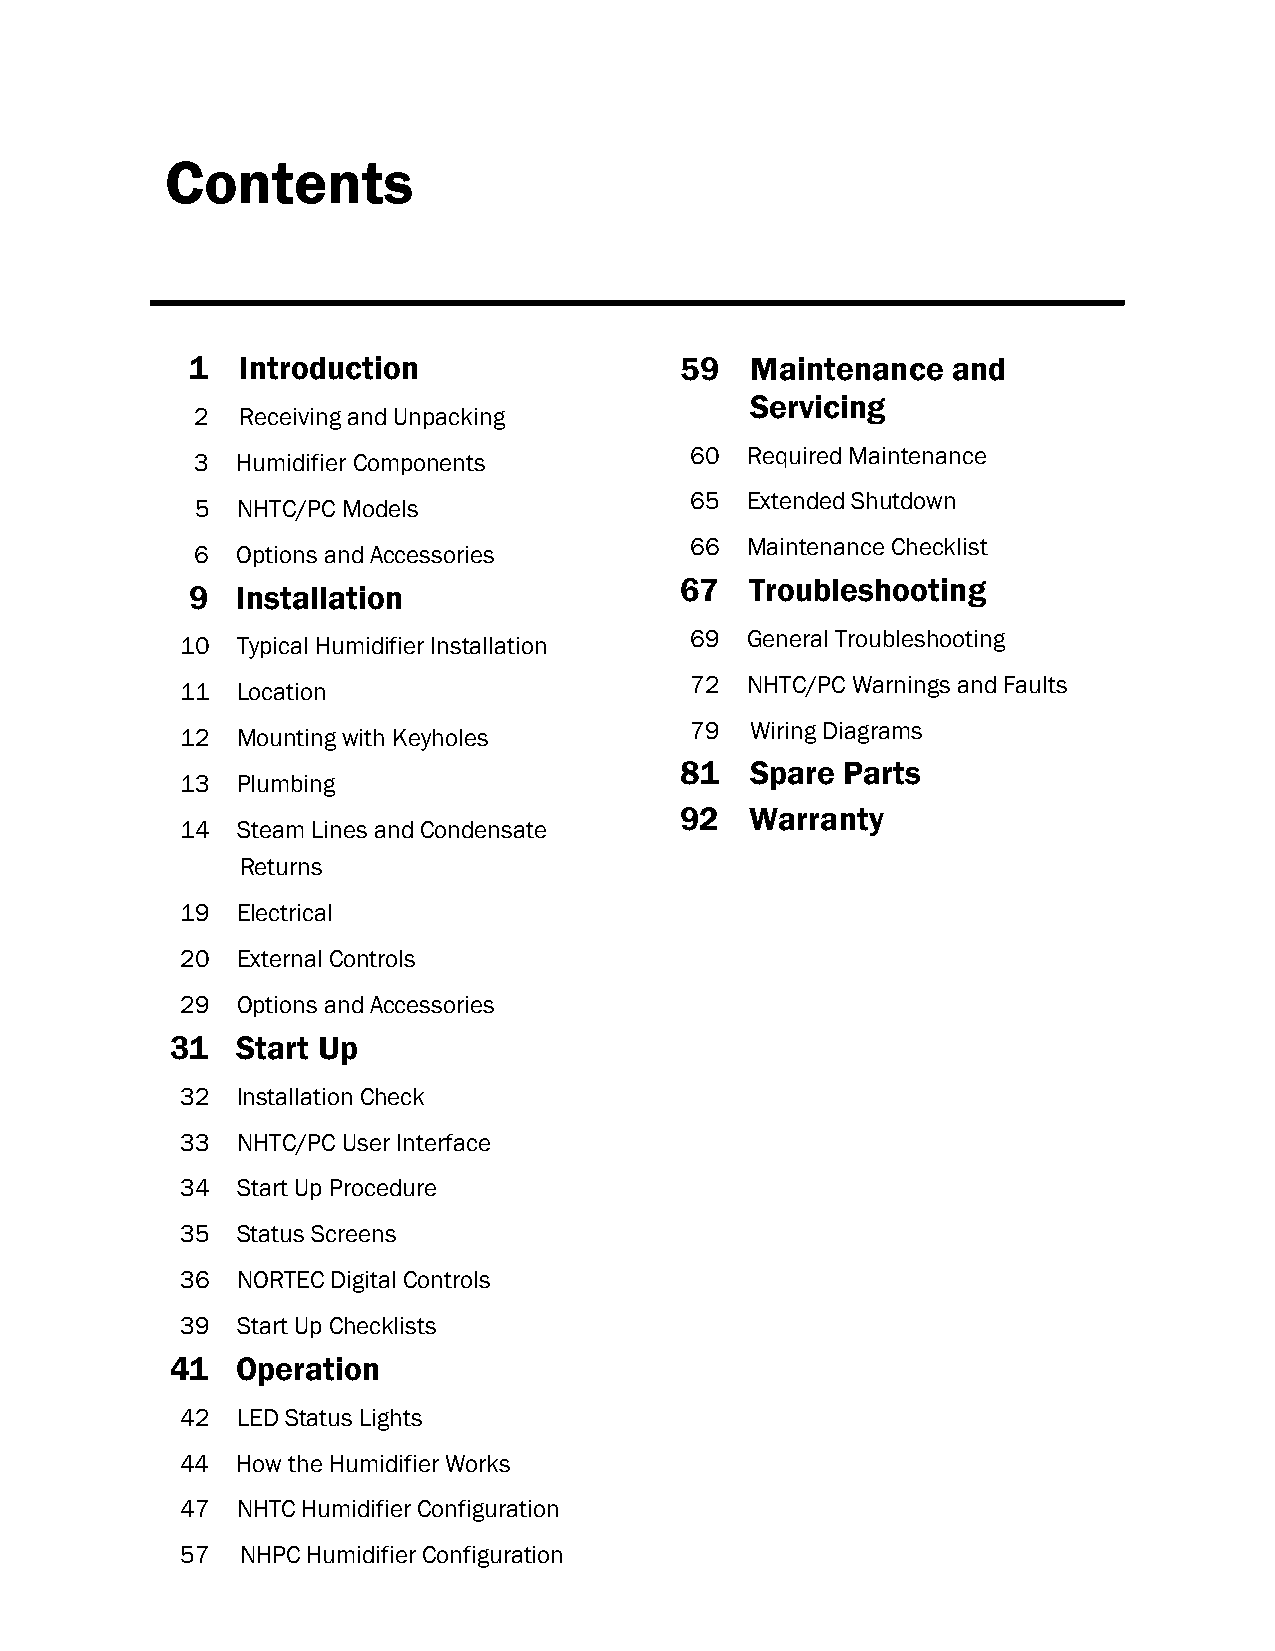
Contents
 1  Introduction                 59   Maintenance  and
 Servicing
 2  Receiving and Unpacking
 60 Required Maintenance
 3  Humidifier Components
 65 Extended Shutdown
 5  NHTC/PC Models
 66 Maintenance Checklist
 6  Options and Accessories
 67   Troubleshooting
 9  Installation
 69 General Troubleshooting
 10  Typical Humidifier Installation
 72 NHTC/PC Warnings and Faults
 11  Location
 79  Wiring Diagrams
 12  Mounting with Keyholes
 81   Spare Parts
 13  Plumbing
 92   Warranty
 14  Steam Lines and Condensate
 Returns
 19  Electrical
 20  External Controls
 29  Options and Accessories
 31   Start Up
 32  Installation Check
 33  NHTC/PC User Interface
 34  Start Up Procedure
 35  Status Screens
 36  NORTEC Digital Controls
 39  Start Up Checklists
 41   Operation
 42  LED Status Lights
 44  How the Humidifier Works
 47  NHTC Humidifier Configuration
 57  NHPC Humidifier Configuration